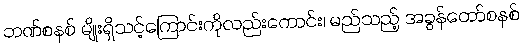
ဘဏ်စနစ် မျိုးရှိသင့်ကြောင်းကိုလည်းကောင်း၊ မည်သည့် အခွန်တော်စနစ်